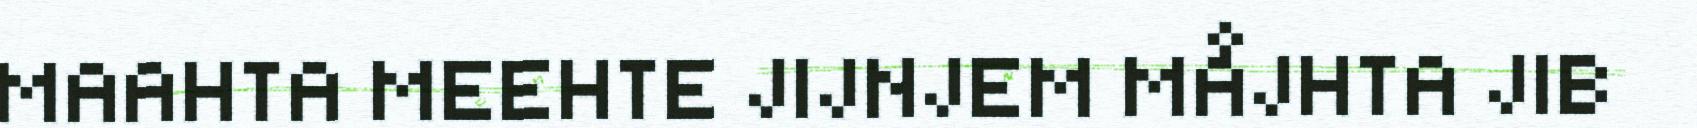
MAAHTA MEEHTE JIJNJEM MÅJHTA JIB